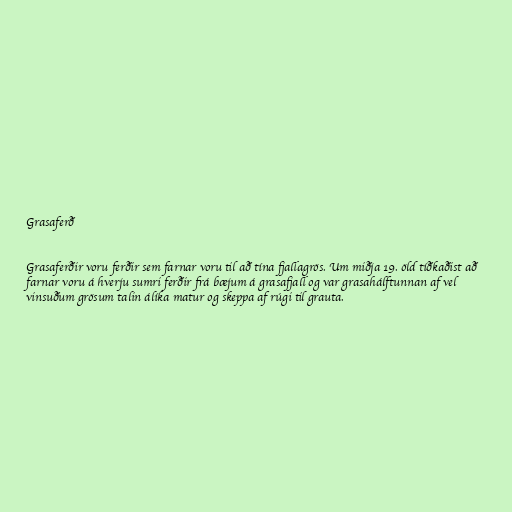
Grasaferð

Grasaferðir voru ferðir sem farnar voru til að tína fjallagrös. Um miðja 19. öld tíðkaðist að
farnar voru á hverju sumri ferðir frá bæjum á grasafjall og var grasahálftunnan af vel
vinsuðum grösum talin álíka matur og skeppa af rúgi til grauta.